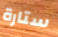
ستارة